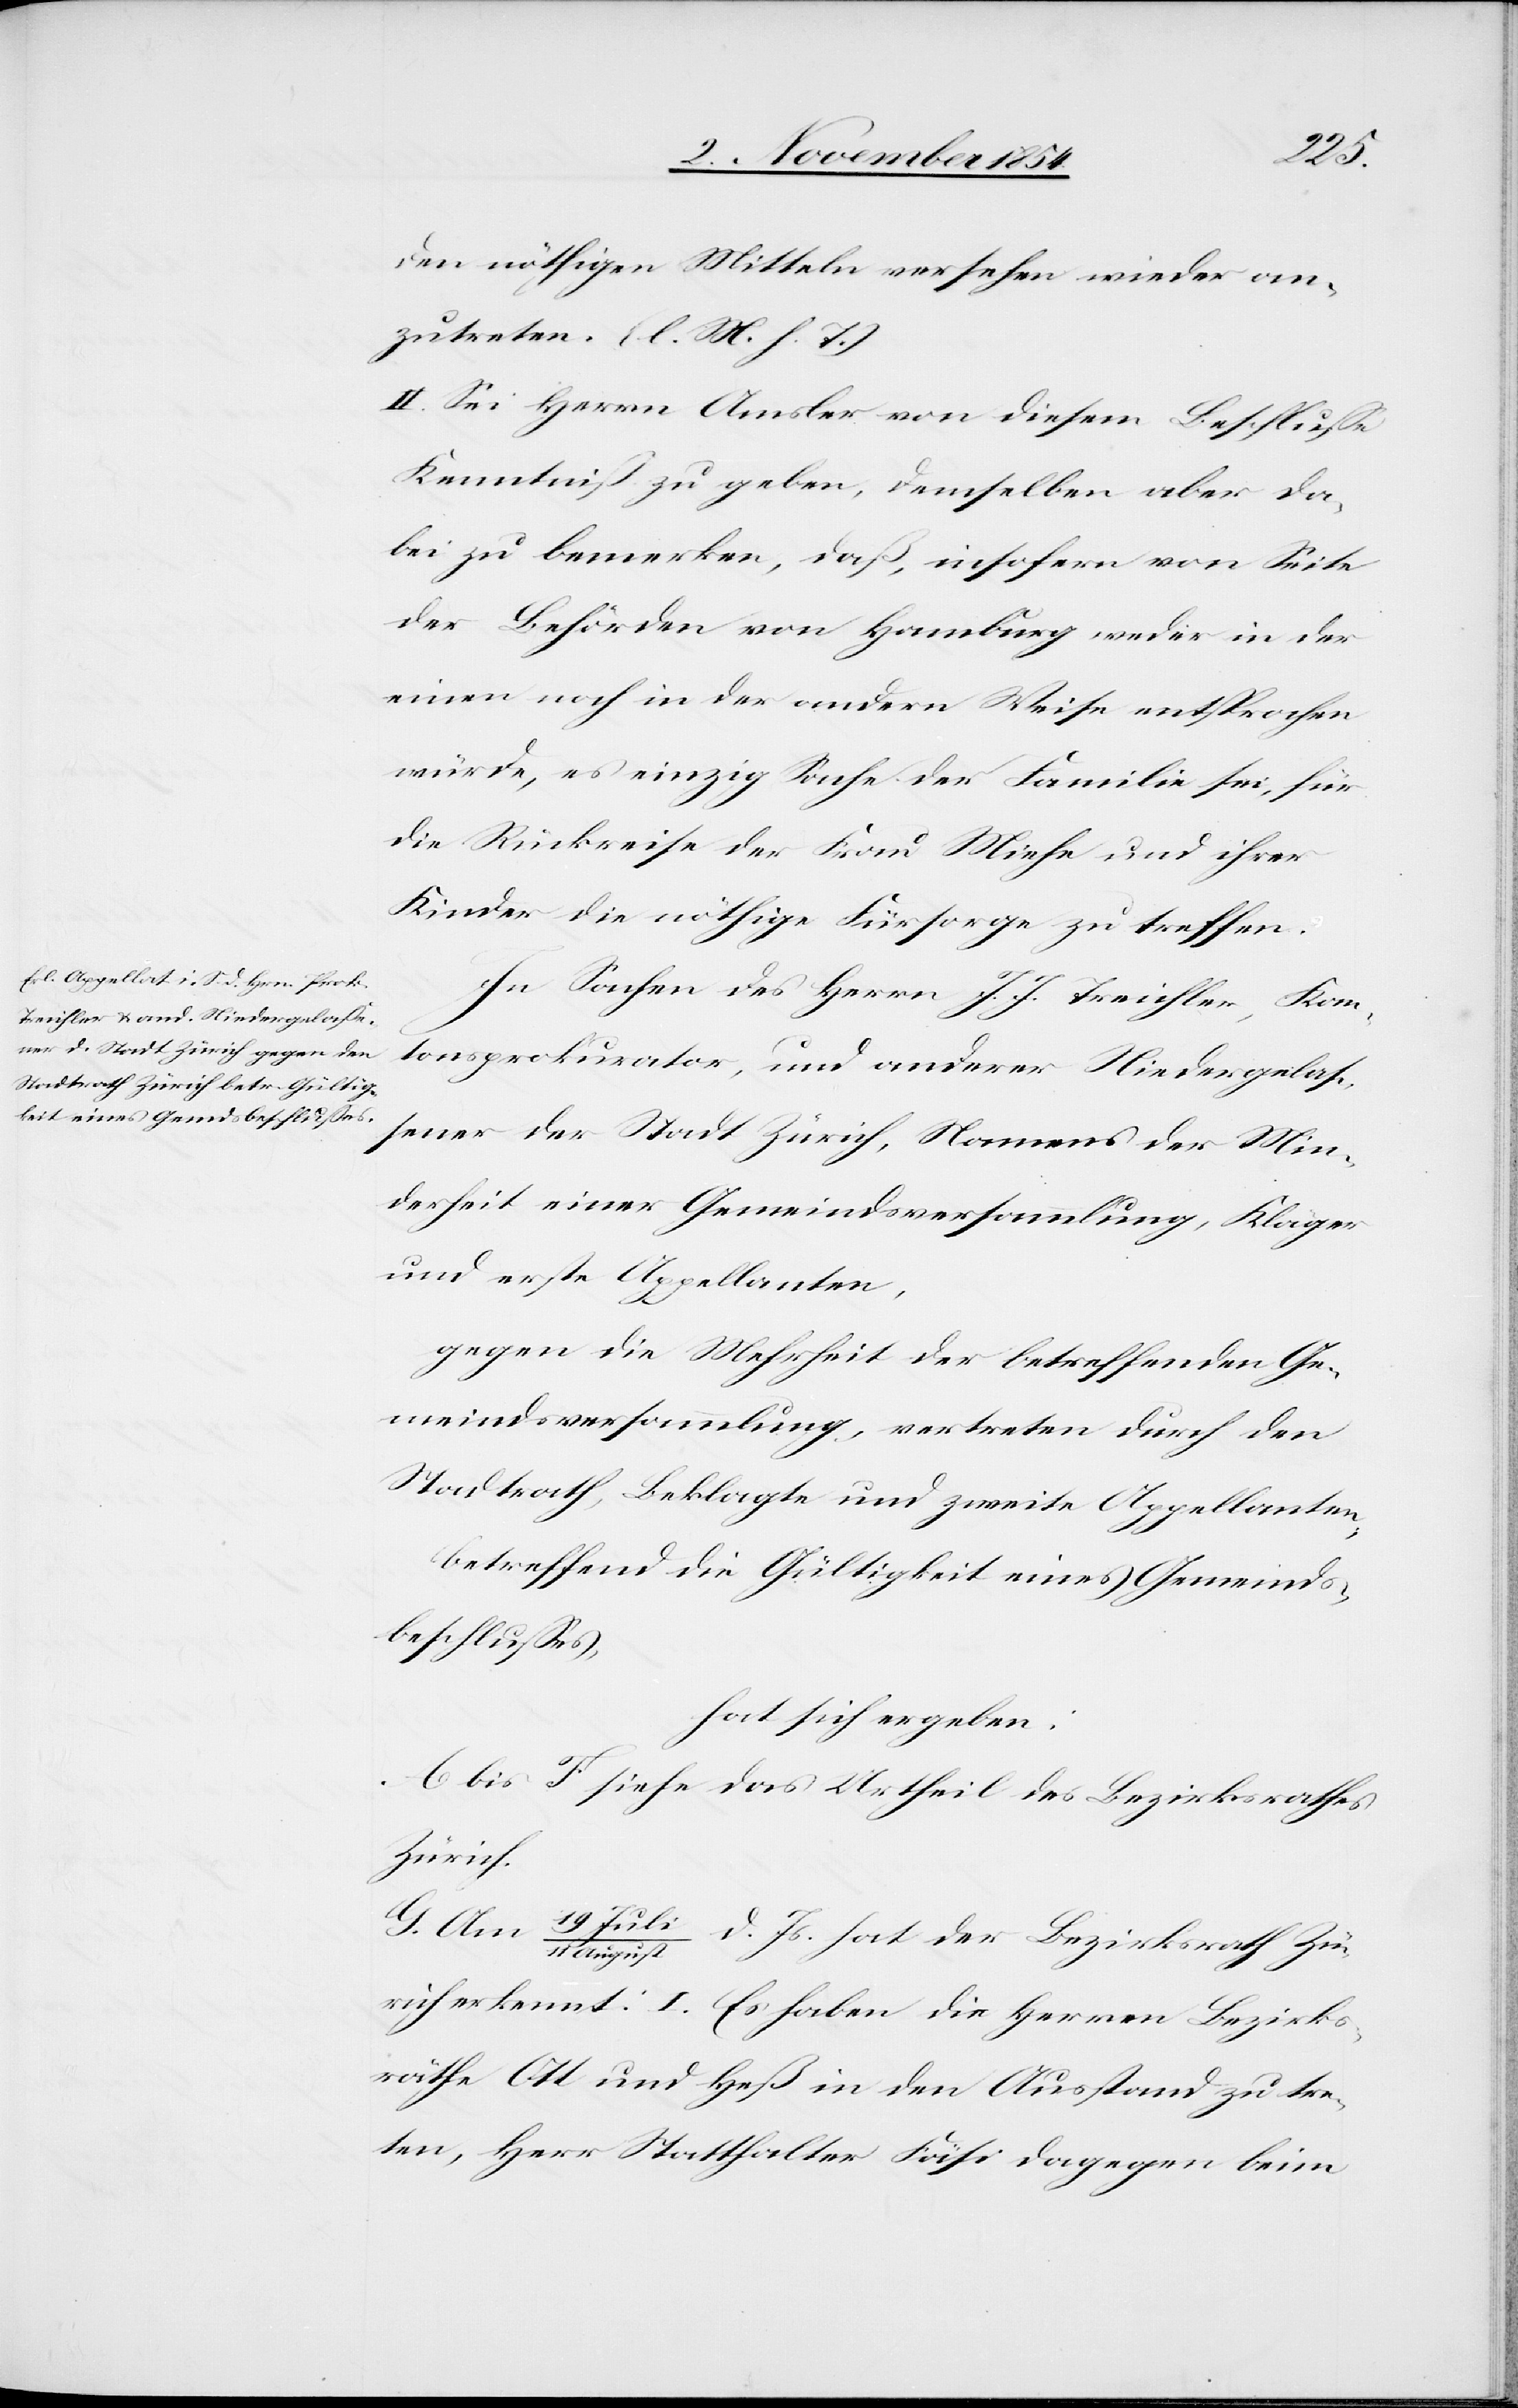
Zü¬
den nöthigen Mitteln versehen wieder an¬
zutreten. (l. M. h. T.)
II. Sei Herrn Amsler von diesem Beschluße
Kenntniß zu geben, demselben aber da¬
bei zu bemerken, daß, insofern von Seite
der Behörden von Hamburg weder in der
einen noch in der andern Weise entsprochen
würde, es einzig Sache der Familie sei, für
die Rückreise der Frau Miehe und ihrer
Kinder die nöthige Fürsorge zu treffen.
In Sachen des Herrn J. J. Treichler, Kan¬
tonsprokurator, und anderer Niedergelaß¬
ener der Stadt Zürich, Namens der Min¬
derheit einer Gemeindsversammlung, Kläger
und erste Appellanten,
gegen die Mehrheit der betreffenden Ge¬
meindsversammlung, vertreten durch den
Stadtrath, Beklagte und zweite Appellanten,
betreffend die Gültigkeit eines Gemeinds¬
beschlußes,
hat sich ergeben:
A bis F siehe das Urtheil des Bezirksrathes
Zürich.
August
rich erkennt: I. Es haben die Herren Bezirks¬
räthe Ott und Heß in den Ausstand zu tre¬
ten, Herr Statthalter Fäsi dagegen beim